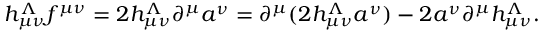
h _ { \mu \nu } ^ { \Lambda } f { } ^ { \mu \nu } = 2 h _ { \mu \nu } ^ { \Lambda } \partial ^ { \mu } a ^ { \nu } = \partial ^ { \mu } ( 2 h _ { \mu \nu } ^ { \Lambda } a ^ { \nu } ) - 2 a ^ { \nu } \partial ^ { \mu } h _ { \mu \nu } ^ { \Lambda } .